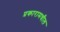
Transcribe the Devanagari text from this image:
प्रकारामधील